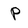
Character: p